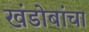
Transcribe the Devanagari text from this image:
खंडोबांचा